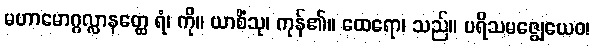
မဟာမောဂ္ဂလ္လာနတ္ထေ ရံ၊ ကို။ ယာစိံသု၊ ကုန်၏။ ထေရော၊ သည်။ ပရိသမဇ္ဈေယေဝ၊